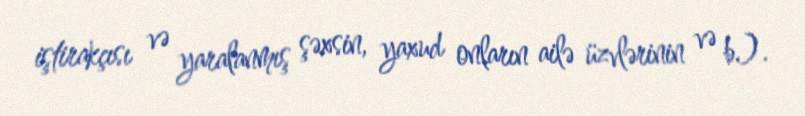
iştirakçısı və yaralanmış şəxsin, yaxud onların ailə üzvlərinin və b.).